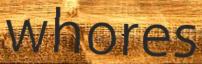
whores